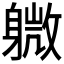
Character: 𫏭